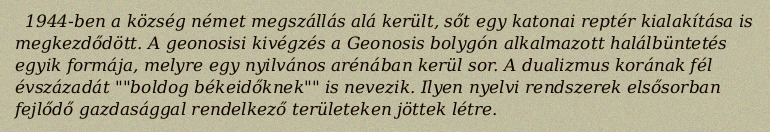
1944-ben a község német megszállás alá került, sőt egy katonai reptér kialakítása is megkezdődött. A geonosisi kivégzés a Geonosis bolygón alkalmazott halálbüntetés egyik formája, melyre egy nyilvános arénában kerül sor. A dualizmus korának fél évszázadát ""boldog békeidőknek"" is nevezik. Ilyen nyelvi rendszerek elsősorban fejlődő gazdasággal rendelkező területeken jöttek létre.